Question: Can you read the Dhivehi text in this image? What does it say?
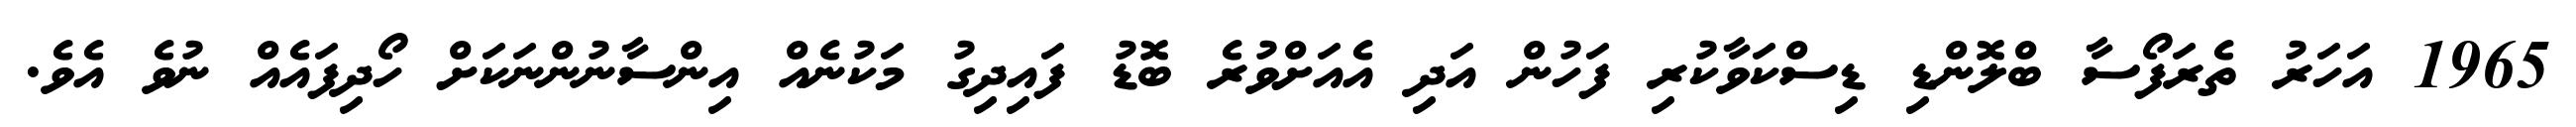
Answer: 1965 އަހަރު ތެރަފޯސާ ބްލޮންޑި ޑިސްކަވާކުރި ފަހުން އަދި އެއަށްވުރެ ބޮޑު ފައިދިގު މަކުނެއް އިންސާނުންނަކަށް ހޯދިފައެއް ނުވެ އެވެ.